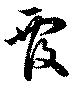
覆